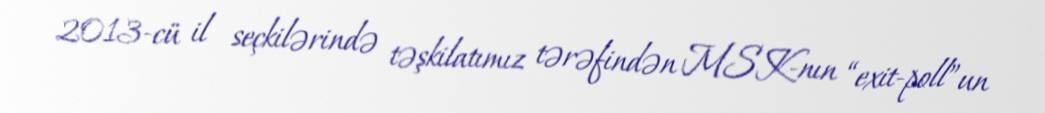
2013-cü il seçkilərində təşkilatımız tərəfindən MSK-nın “exit-poll”un